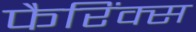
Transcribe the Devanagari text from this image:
फैरिंक्स